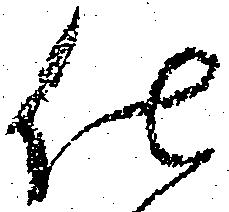
仕